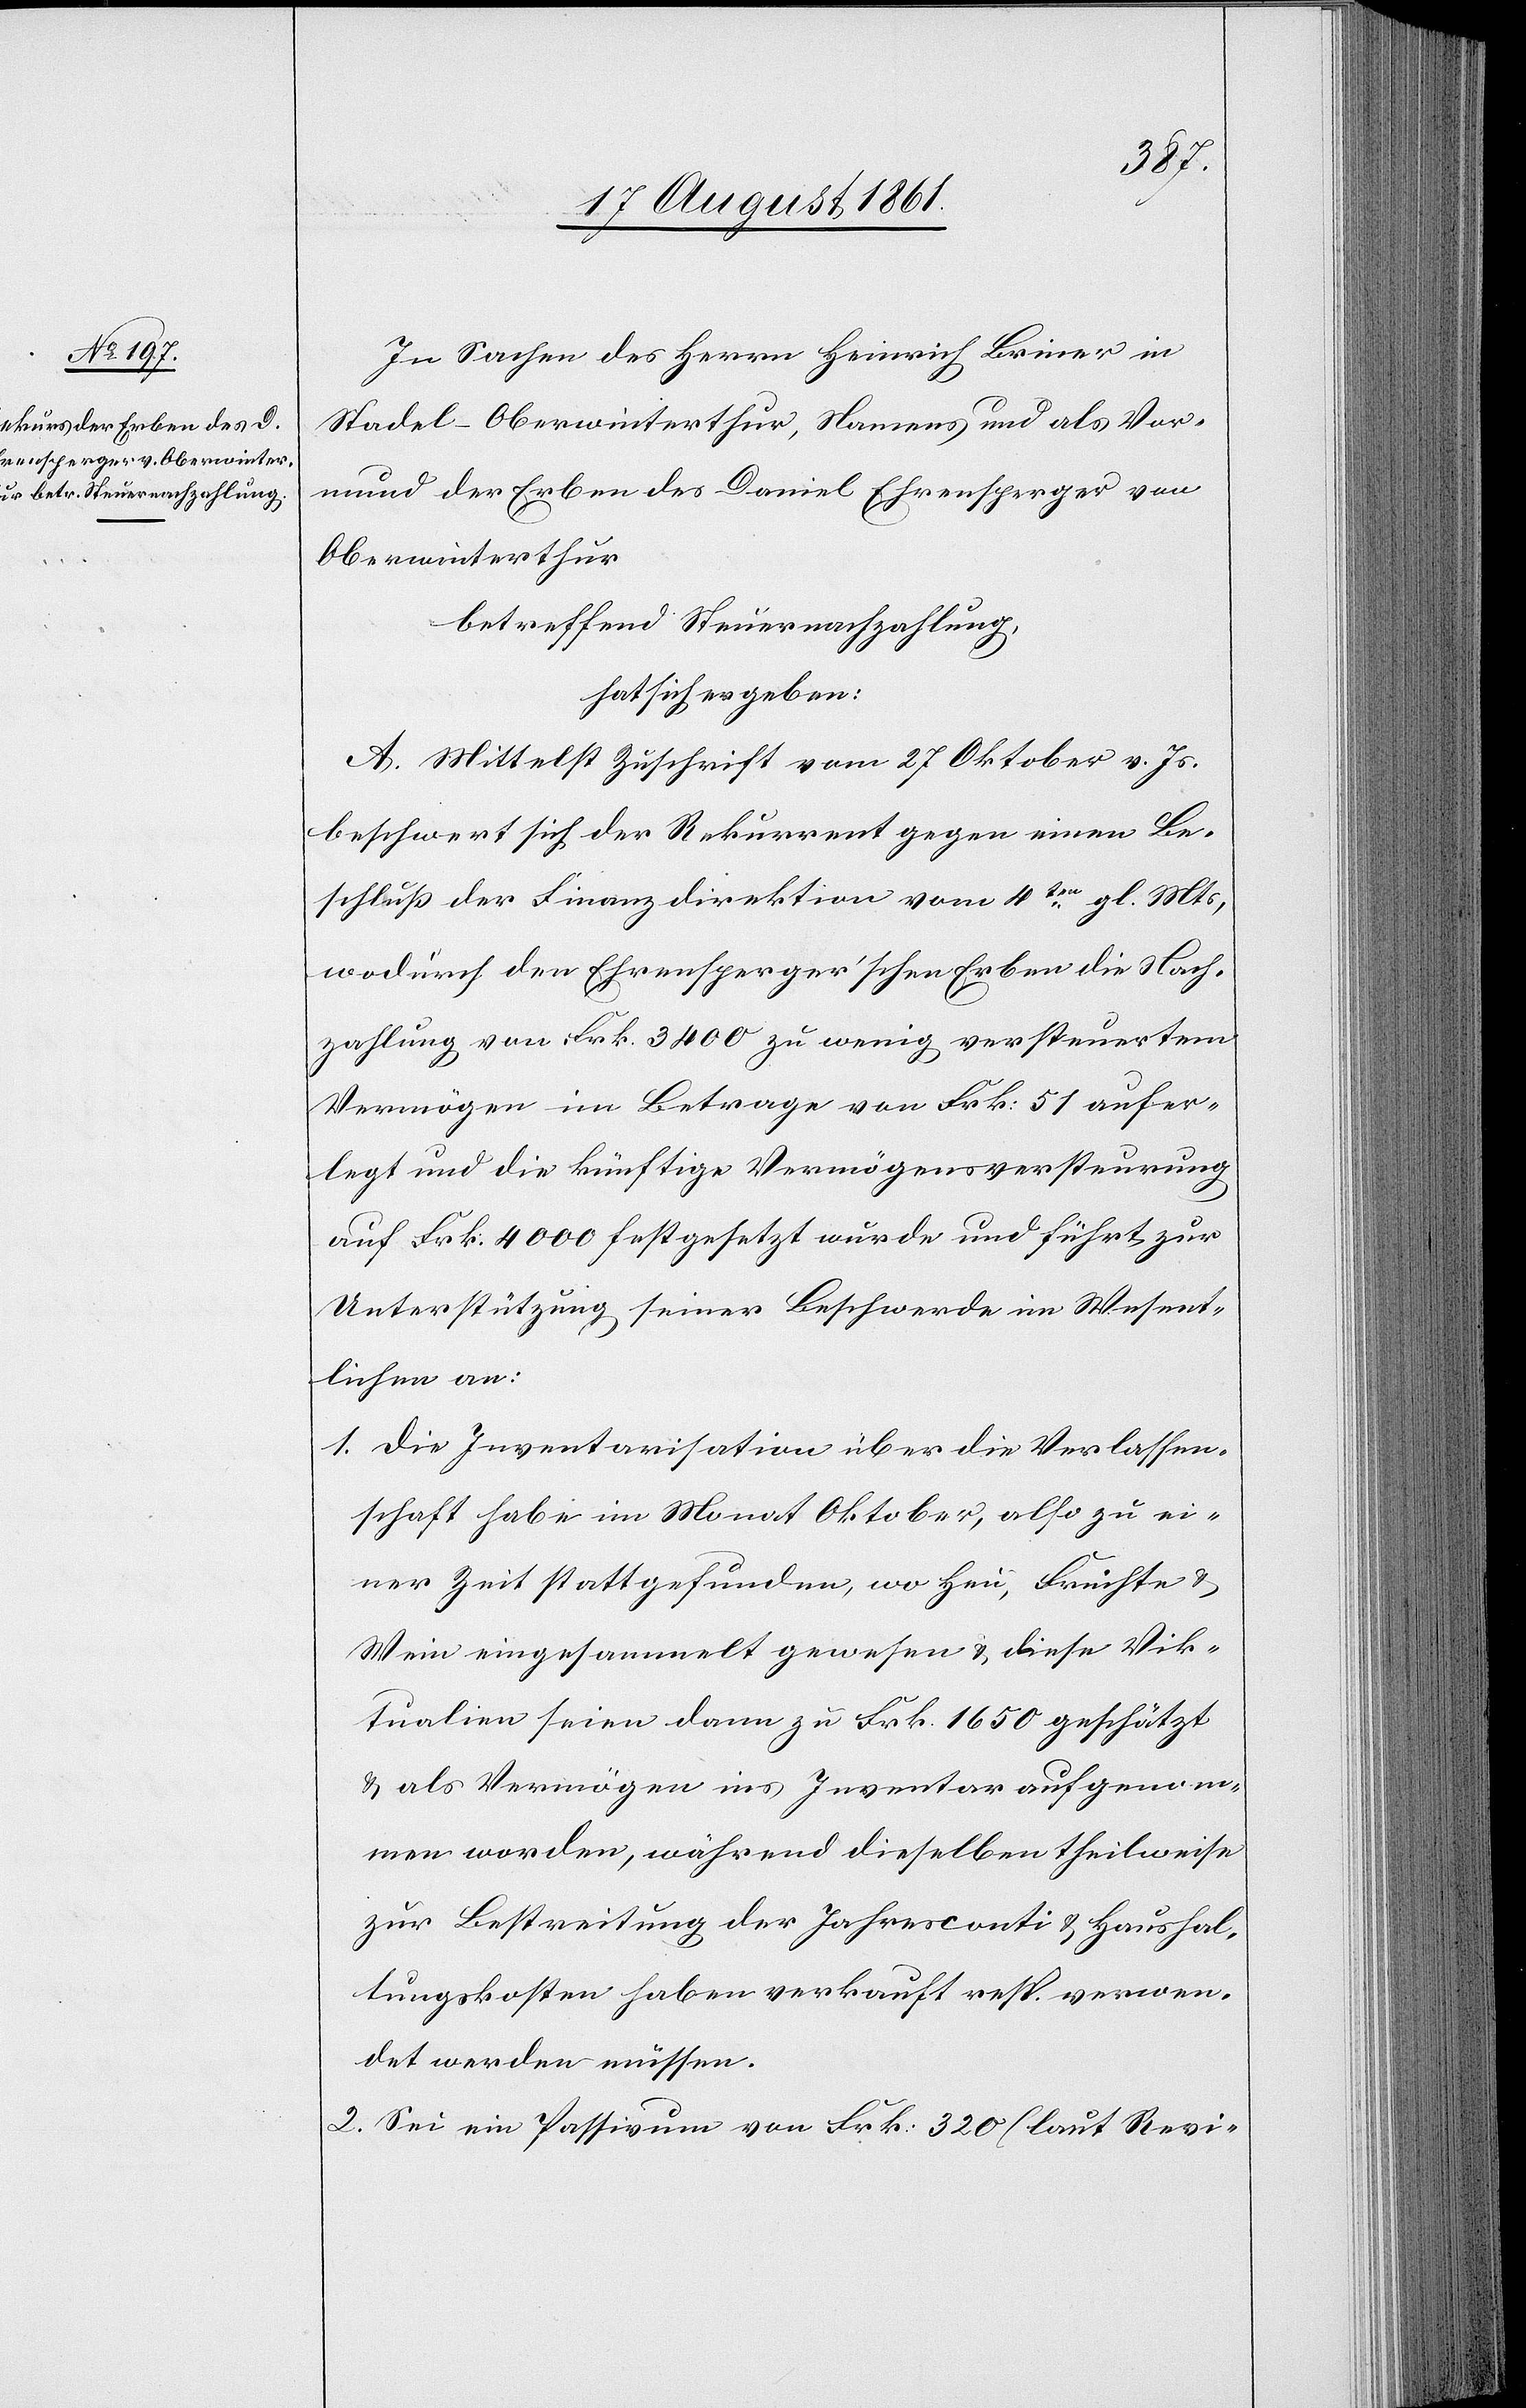
In Sachen des Herrn Heinrich Briner in
Stadel-Oberwinterthur, Namens und als Vor¬
mund der Erben des Daniel Ehrensperger von
Oberwinterthur,
betreffend Steuernachzahlung,
hat sich ergeben:
A. Mittelst Zuschrift vom 27 Oktober v. Js.
beschwert sich der Rekurrent gegen einen Be¬
schluß der Finanzdirektion vom 4ten gl. Mts.,
wodurch den Ehrensperger’schen Ereben die Nach¬
zahlung von Frk. 3400 zu wenig versteuertem
Vermögen im Betrage von Frk. 51 aufer¬
legt und die künftige Vermögensversteurung
auf Frk. 4000 festgesetzt wurde und führt zur
Unterstützung seiner Beschwerde im Wesent¬
lichen an:
1. die Inventarisation über die Verlassen¬
schaft habe im Monat Oktober, also zu ei¬
ner Zeit stattgefunden, wo Heu, Früchte u.
Wein eingesammelt gewesen u. diese Vik¬
tualien seien dann zu Frk. 1650 geschätzt
u. als Vermögen ins Inventar aufgenom¬
men worden, während dieselben theilweise
zur Bestreitung der Jahresconti u. Haushal¬
tungskosten haben verkauft resp. verwen¬
det werden müssen.
2. Sei ein Passivum von Frk. 320 (laut Revi-